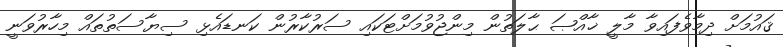
ޤައުމަށް ދިމާވެފައިވާ މާލީ ޚާއްޞަ ޙާލަތުން މިންޖުވުމަށްޓަކައި ސަރުކާރުން ކަނޑައެޅި ސިޔާސަތުތައް މިހާރުވަނީ